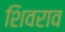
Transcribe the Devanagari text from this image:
शिवराव